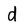
Character: d